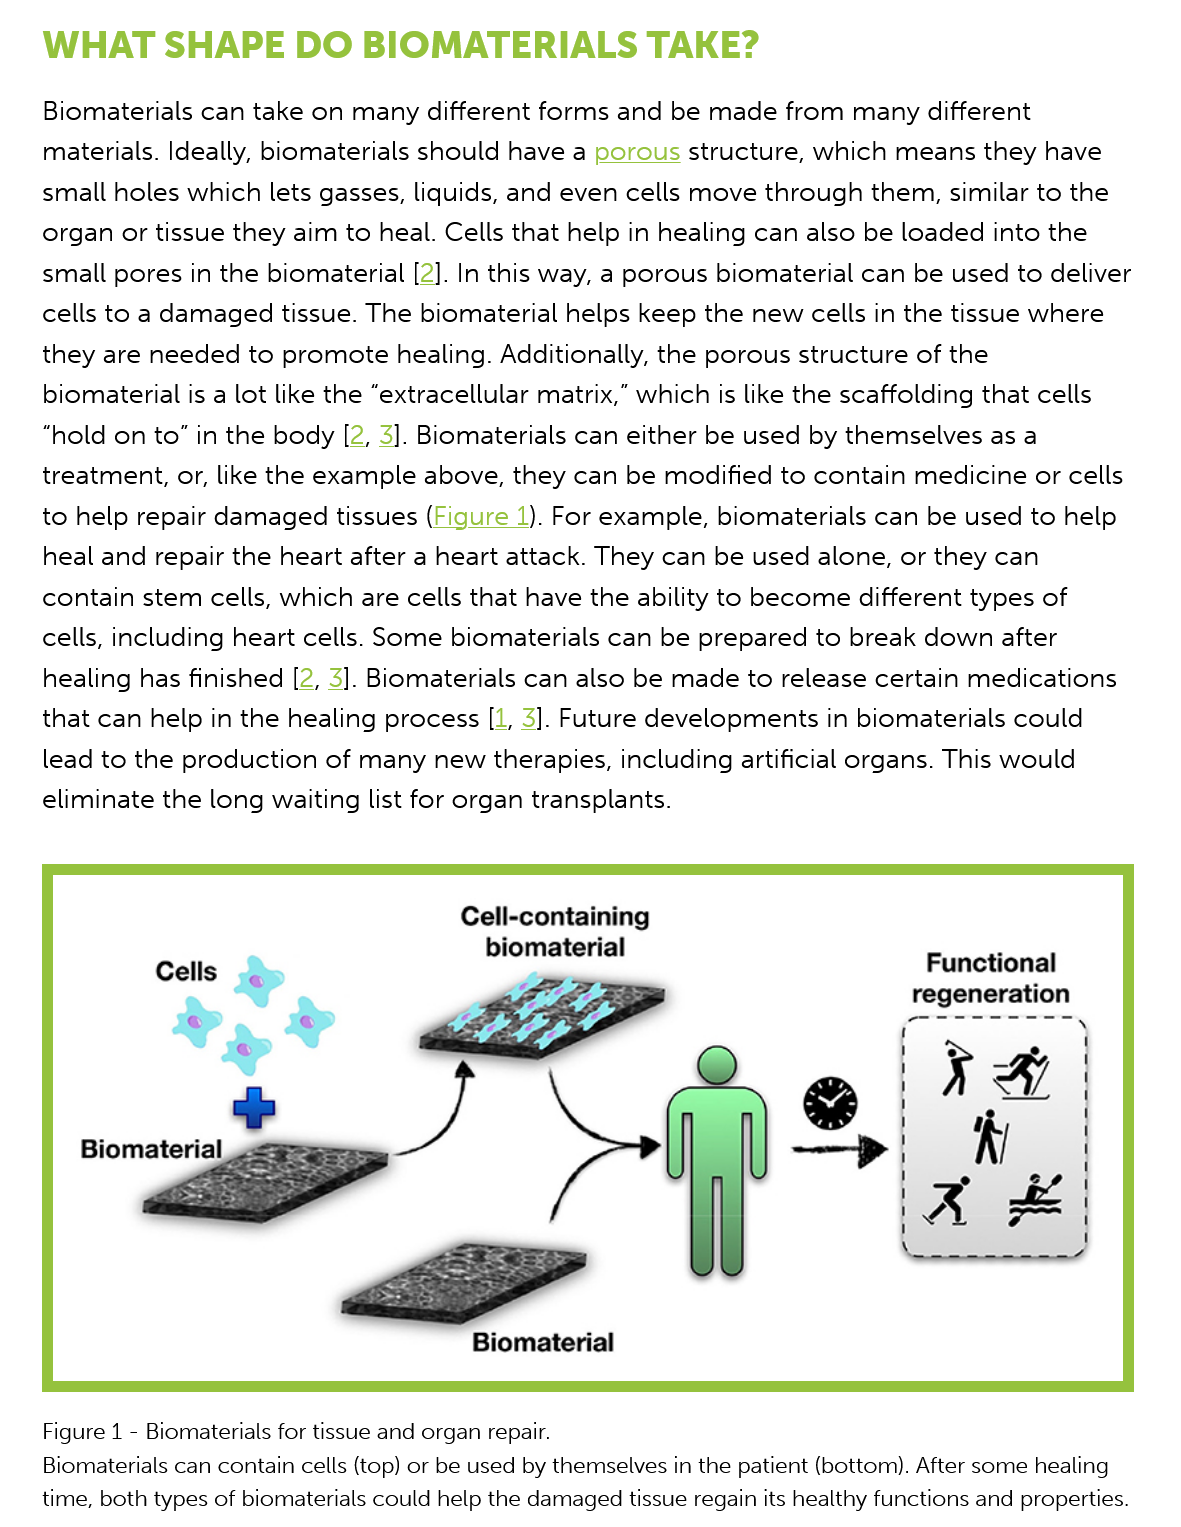
Cells
     Biomaterial
     at
     Cell-containing
     biomaterial
     Biomaterial
    Biomaterials can contain cells (top) or be used by themselves in the patient (bottom). After some healing
    time, both types of biomaterials could help the damaged tissue regain its healthy functions and properties.
    Figure 1
     -
     Biomaterials for tissue and organ repair.
     Functional
     regeneration
    WHAT    SHAPE    DO   BIOMATERIALS    TAKE?
    Biomaterials  can take on many   different forms and be  made  from  many different
    materials. Ideally, biomaterials should have a porous  structure, which  means they  have

    small holes which lets  gasses, liquids, and even cells move through  them,  similar to the
    organ  or tissue they aim to heal. Cells that help in healing can also be loaded into the
    small pores  in the biomaterial [2]. In this way, a porous biomaterial can be used to deliver
    cells to a damaged  tissue. The biomaterial  helps keep the new  cells in the tissue where
    they are needed   to promote  healing. Additionally, the porous structure of the
    biomaterial is a lot like the “extracellular matrix,” which is like the scaffolding that cells
    “hold on  to” in the body [2, 3]. Biomaterials can either be used by themselves as a
    treatment,  or, like the example above, they can  be modified  to contain medicine  or cells
    to help repair damaged tissues   (Figure 1). For example, biomaterials can be used  to help
    heal and  repair the heart after a heart attack. They can be used alone, or they can
    contain  stem cells, which are cells that have the ability to become different types of
    cells, including heart cells. Some biomaterials can  be prepared  to break down after
    healing has finished [2, 3]. Biomaterials can also be made to  release certain medications
    that can help in the healing process [1, 3]. Future developments   in biomaterials could
    lead to the production  of many  new therapies,  including artificial organs. This would
    eliminate the long  waiting list for organ transplants.